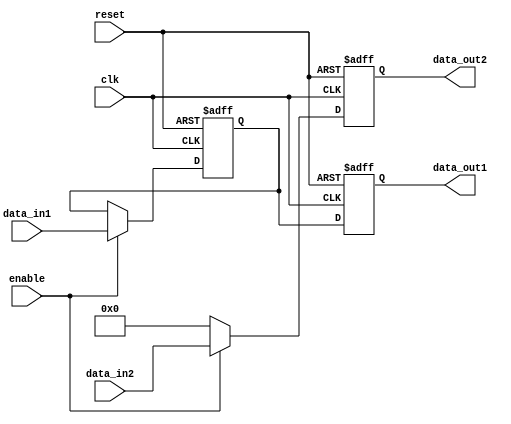
module bypass_register (
    input wire clk,
    input wire reset,
    input wire [31:0] data_in1,
    input wire [31:0] data_in2,
    input wire enable,
    output reg [31:0] data_out1,
    output reg [31:0] data_out2
);

reg [31:0] reg_data;

always @(posedge clk or posedge reset) begin
    if (reset) begin
        reg_data <= 32'h00000000;
        data_out1 <= 32'h00000000;
        data_out2 <= 32'h00000000;
    end else if (enable) begin
        reg_data <= data_in1;
        data_out1 <= reg_data;
        data_out2 <= data_in2;
    end else begin
        data_out1 <= reg_data;
        data_out2 <= 32'h00000000;
    end
end

endmodule